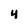
Character: 4